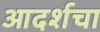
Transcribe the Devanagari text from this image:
आदर्शचा